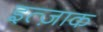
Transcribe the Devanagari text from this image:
इत्ज़ाक